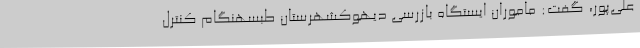
علی‌پور، گفت: ماموران ایستگاه بازرسی دیهوکشهرستان طبسهنگام کنترل